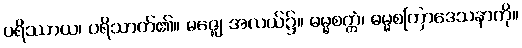
ပရိဿာယ၊ ပရိသာတ်၏။ မဇ္ဈေ၊ အလယ်၌။ ဓမ္မစက္ကံ၊ ဓမ္မစကြာဒေသနာကို။